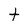
Character: t